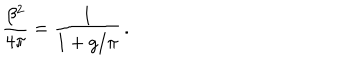
LaTeX: \frac { \beta ^ { 2 } } { 4 \pi } = \frac { 1 } { 1 + g / \pi } \, .